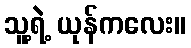
သူ့ရဲ့ ယုန်ကလေး။